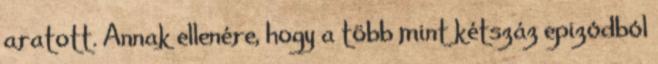
aratott. Annak ellenére, hogy a több mint kétszáz epizódból